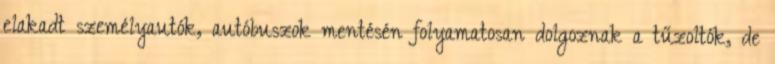
elakadt személyautók, autóbuszok mentésén folyamatosan dolgoznak a tűzoltók, de